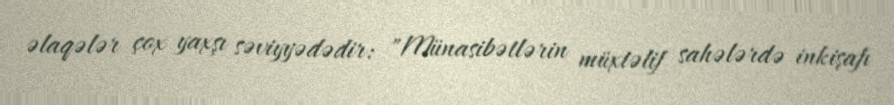
əlaqələr çox yaxşı səviyyədədir: "Münasibətlərin müxtəlif sahələrdə inkişafı